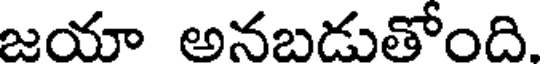
జయా అనబడుతోంది.